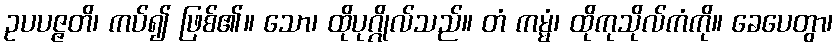
ဥပပဇ္ဇတိ၊ ကပ်၍ ဖြစ်၏။ သော၊ ထိုပုဂ္ဂိုလ်သည်။ တံ ကမ္မံ၊ ထိုကုသိုလ်ကံကို။ ခေပေတွာ၊